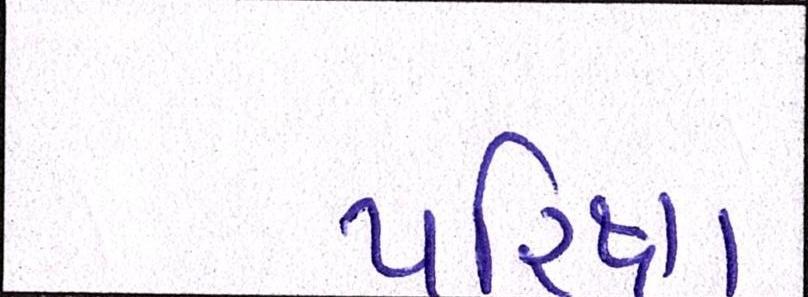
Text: પરિક્ષા